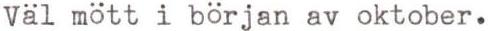
Väl mött i början av oktober.